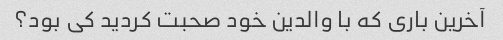
آخرین باری که با والدین خود صحبت کردید کی بود؟